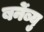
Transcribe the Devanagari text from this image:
बर्नेब्यु